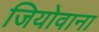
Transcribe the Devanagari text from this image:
जियोवाना